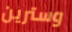
وسترين